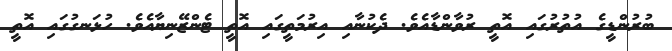
ބުރުންޑީގެ އުތުރުގައި އޮތީ ރުވާންޑާއެވެ. ދެކުނާއި އިރުމަތީގައި އޮތީ ޓެންޒޭނިޔާއެވެ. ހުޅަނގުގައި އޮތީ